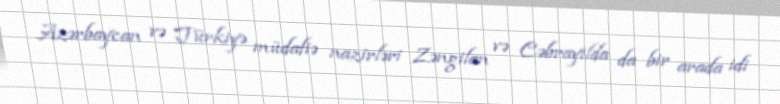
Azərbaycan və Türkiyə müdafiə nazirləri Zəngilan və Cəbrayılda da bir arada idi